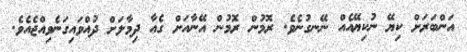
އަންބަރަށް ކިޔޭ ނުކިޔޭއެއް ނޭނގުނެވެ. ރޮމުން ރޮމުން އޭނާއަށް ގެއާ ދިމާލަށް ދުއްވައިގަނެވިއްޖެއެވެ.